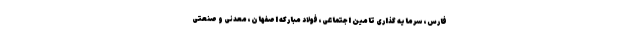
فارس، سرمایه گذاری تامین اجتماعی، فولاد مبارکه اصفهان، معدنی و صنعتی